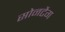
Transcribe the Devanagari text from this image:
सोनटैग